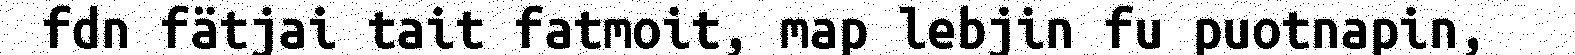
fdn fätjai tait fatmoit, map lebjin fu puotnapin,